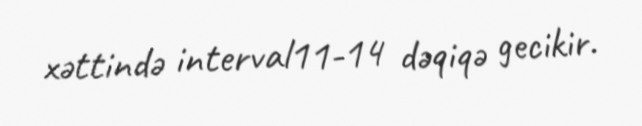
xəttində interval11-14 dəqiqə gecikir.